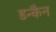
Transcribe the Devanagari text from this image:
डन्कैन